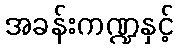
အခန်းကဏ္ဍနှင့်